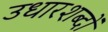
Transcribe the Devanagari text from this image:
उधारशब्दों